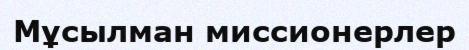
Мұсылман миссионерлер